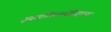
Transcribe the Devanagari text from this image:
इक्स्टलिल्क्सोचिट्लच्या